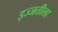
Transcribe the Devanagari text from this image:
इज्जतीला